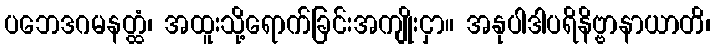
ပဘေဒဂမနတ္ထံ၊ အထူးသို့ရောက်ခြင်းအကျိုးငှာ။ အနုပါဒါပရိနိဗ္ဗာနာယာတိ၊